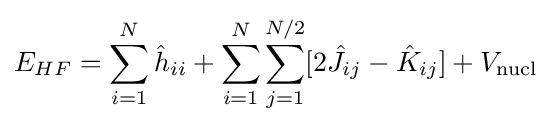
E_{HF}=\sum _{i=1}^{N}{\hat {h}}_{ii}+\sum _{i=1}^{N}\sum _{j=1}^{N/2}[2{\hat {J}}_{ij}-{\hat {K}}_{ij}]+V_{\text{nucl}}